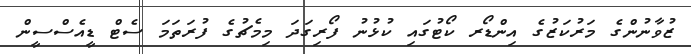
ޒުވާނުންގެ މަރުކަޒުގެ އިންޑޯރ ކޯޓުގައި ކުޅުނު ފޯރިގަދަ މިމެޗުގެ ފުރަތަމަ ސެޓް ޑީއެސްސީން